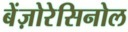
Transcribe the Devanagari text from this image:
बेंज़ोरेसिनोल